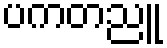
ပကတညူ